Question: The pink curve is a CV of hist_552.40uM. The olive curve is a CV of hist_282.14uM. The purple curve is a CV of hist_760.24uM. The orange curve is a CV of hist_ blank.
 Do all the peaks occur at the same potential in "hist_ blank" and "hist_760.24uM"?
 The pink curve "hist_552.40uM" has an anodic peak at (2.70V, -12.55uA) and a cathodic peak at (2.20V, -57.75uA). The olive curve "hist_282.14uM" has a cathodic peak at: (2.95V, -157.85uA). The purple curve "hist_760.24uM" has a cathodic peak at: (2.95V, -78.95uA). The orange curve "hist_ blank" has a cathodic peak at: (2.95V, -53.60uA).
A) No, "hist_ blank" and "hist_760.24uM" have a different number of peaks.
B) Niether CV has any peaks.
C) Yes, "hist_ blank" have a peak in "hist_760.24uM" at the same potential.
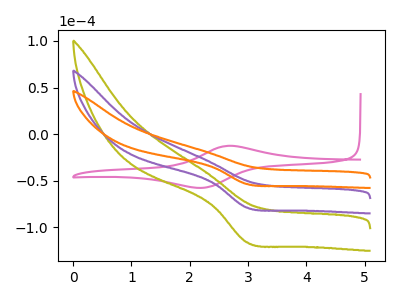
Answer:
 <answer>C) Yes, "hist_ blank" have a peak in "hist_760.24uM" at the same potential.</answer>
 <eval>C</eval>